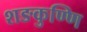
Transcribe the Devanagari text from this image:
शङकुण्णि